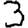
Digit: 3